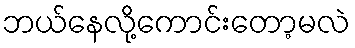
ဘယ်နေလို့ကောင်းတော့မလဲ